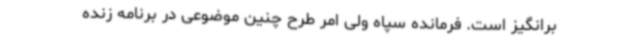
برانگیز است. فرمانده سپاه ولی امر طرح چنین موضوعی در برنامه زنده